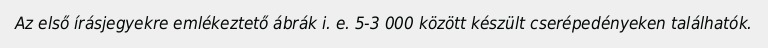
Az első írásjegyekre emlékeztető ábrák i. e. 5-3 000 között készült cserépedényeken találhatók.